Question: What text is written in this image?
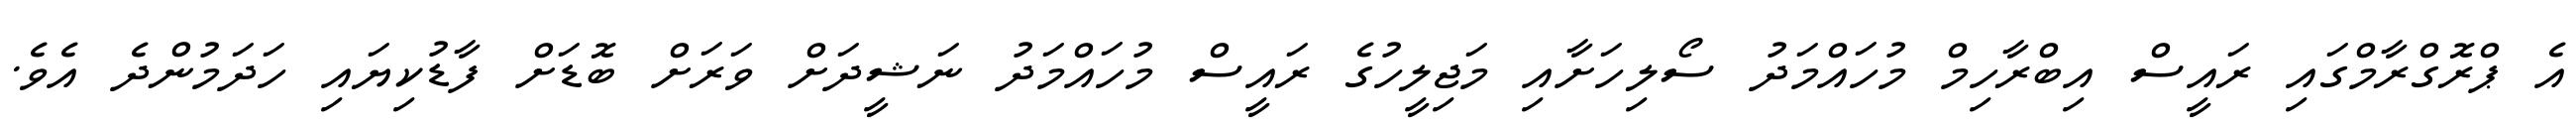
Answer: އެ ޕްރޮގްރާމްގައި ރައީސް އިބްރާހިމް މުހައްމަދު ސޯލިހަށާއި މަޖިލީހުގެ ރައީސް މުހައްމަދު ނަޝީދަށް ވަރަށް ބޮޑަށް ފާޑުކިޔައި ހަދަމުންދެ އެވެ.